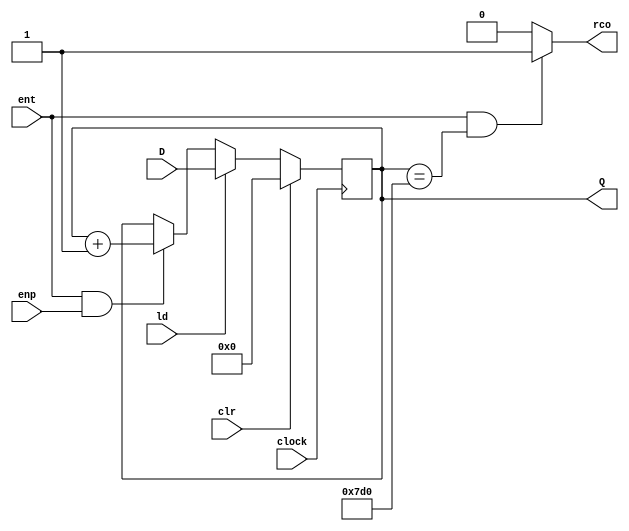
module contador_163 #(parameter N = 16, parameter tempo = 2000) ( 
                        input clock, 
                        input clr, 
                        input ld, 
                        input ent, 
                        input enp, 
                        input [N-1:0] D, 
                        output reg [N-1:0] Q, 
                        output reg rco
                    );

    initial begin
        Q = 0;
    end
        
    always @ (posedge clock)
        if (clr)               Q <= 0;
        else if (ld)           Q <= D;
        else if (ent && enp)   Q <= Q + 1;
        else                   Q <= Q;

    always @ (Q or ent)
        if (ent && (Q == tempo))   rco = 1;
        else                       rco = 0;
endmodule